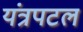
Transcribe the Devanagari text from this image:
यंत्रपटल